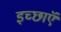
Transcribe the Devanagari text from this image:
इच्छाऍं